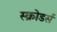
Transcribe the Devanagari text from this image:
स्क्रोडर्स